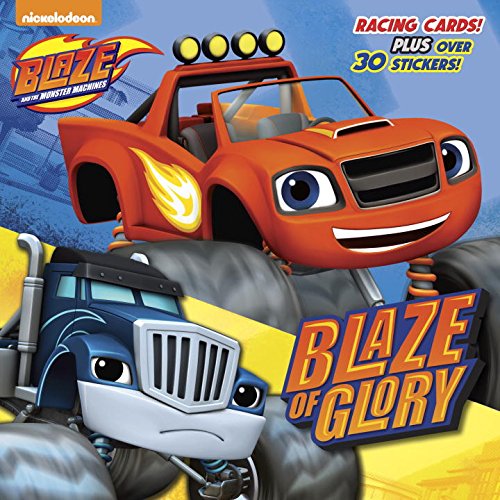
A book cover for Blaze of Glory (Blaze and the Monster Machines) (Pictureback(R)); Random House; Children's Books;